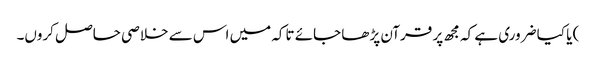
) یا کیا ضروری ہے کہ مجھ پر قرآن پڑھا جائے تاکہ میں اس سے خلاصی حاصل کروں۔